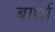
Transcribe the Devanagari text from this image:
बार्था